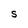
Character: S